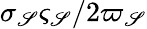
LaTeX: \sigma_{\mathscr{S}}\varsigma_{\mathscr{S}}/2\varpi_{\mathscr{S}}